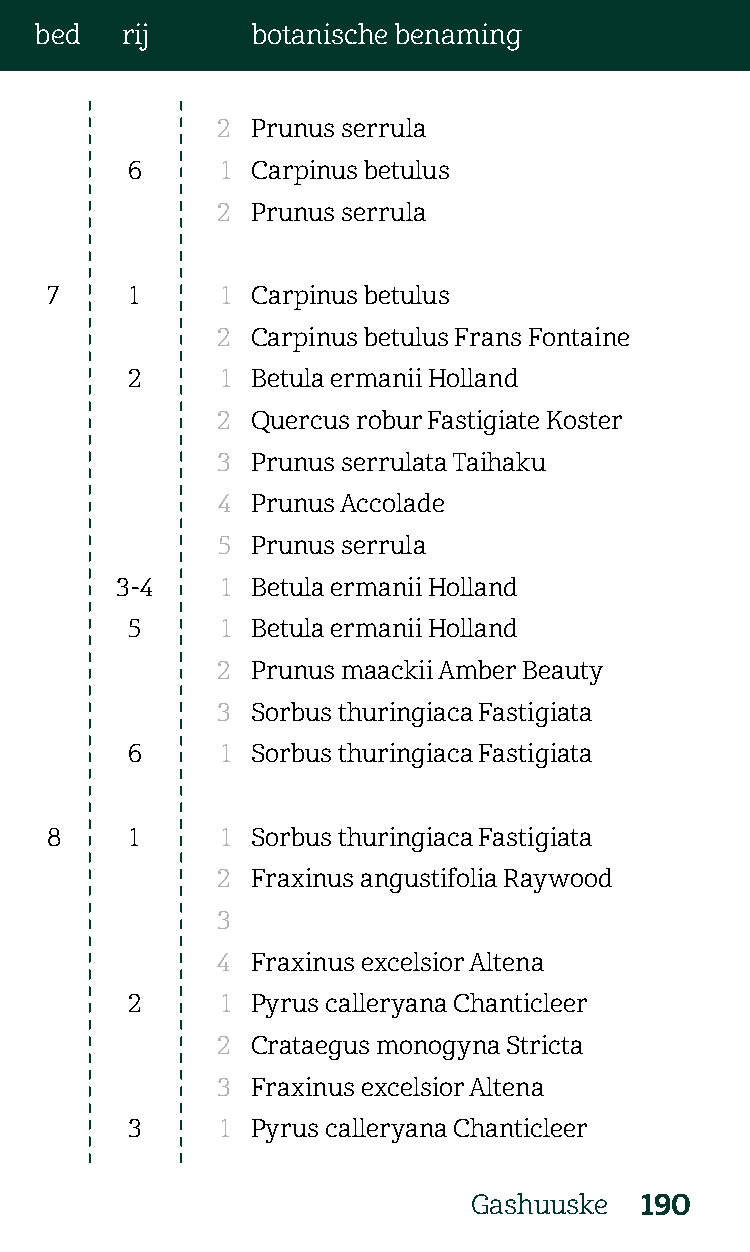
bed   rij      botanische benaming
 2  Prunus serrula
 6      1 Carpinus betulus
 2  Prunus serrula
 7     1     1 Carpinus betulus
 2  Carpinus betulus Frans Fontaine
 2      1 Betula ermanii Holland
 2  Quercus robur Fastigiate Koster
 3  Prunus serrulata Taihaku
 4  Prunus Accolade
 5  Prunus serrula
 3-4    1 Betula ermanii Holland
 5      1 Betula ermanii Holland
 2  Prunus maackii Amber Beauty
 3  Sorbus thuringiaca Fastigiata
 6      1 Sorbus thuringiaca Fastigiata
 8     1     1 Sorbus thuringiaca Fastigiata
 2  Fraxinus angustifolia Raywood
 3
 4  Fraxinus excelsior Altena
 2      1 Pyrus calleryana Chanticleer
 2  Crataegus monogyna Stricta
 3  Fraxinus excelsior Altena
 3      1 Pyrus calleryana Chanticleer
 Gashuuske  190